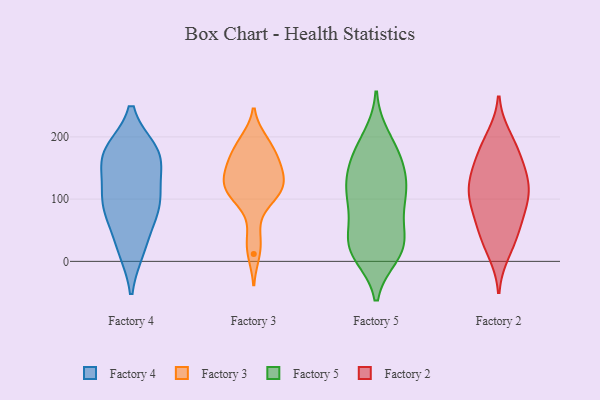
{"axis": {"x": "Operating Costs (USD K)", "y": "Value"}, "legend": ["Factory 2", "Factory 3", "Factory 4", "Factory 5"], "data": [{"x": "", "y": 94, "type": "Factory 4"}, {"x": "", "y": 173, "type": "Factory 4"}, {"x": "", "y": 113, "type": "Factory 4"}, {"x": "", "y": 21, "type": "Factory 4"}, {"x": "", "y": 176, "type": "Factory 4"}, {"x": "", "y": 166, "type": "Factory 4"}, {"x": "", "y": 75, "type": "Factory 4"}, {"x": "", "y": 173, "type": "Factory 4"}, {"x": "", "y": 90, "type": "Factory 4"}, {"x": "", "y": 95, "type": "Factory 4"}, {"x": "", "y": 23, "type": "Factory 4"}, {"x": "", "y": 162, "type": "Factory 4"}, {"x": "", "y": 120, "type": "Factory 3"}, {"x": "", "y": 118, "type": "Factory 3"}, {"x": "", "y": 134, "type": "Factory 3"}, {"x": "", "y": 40, "type": "Factory 3"}, {"x": "", "y": 125, "type": "Factory 3"}, {"x": "", "y": 173, "type": "Factory 3"}, {"x": "", "y": 100, "type": "Factory 3"}, {"x": "", "y": 12, "type": "Factory 3"}, {"x": "", "y": 193, "type": "Factory 3"}, {"x": "", "y": 160, "type": "Factory 3"}, {"x": "", "y": 159, "type": "Factory 3"}, {"x": "", "y": 121, "type": "Factory 3"}, {"x": "", "y": 195, "type": "Factory 3"}, {"x": "", "y": 96, "type": "Factory 3"}, {"x": "", "y": 154, "type": "Factory 3"}, {"x": "", "y": 110, "type": "Factory 5"}, {"x": "", "y": 122, "type": "Factory 5"}, {"x": "", "y": 83, "type": "Factory 5"}, {"x": "", "y": 45, "type": "Factory 5"}, {"x": "", "y": 124, "type": "Factory 5"}, {"x": "", "y": 22, "type": "Factory 5"}, {"x": "", "y": 95, "type": "Factory 5"}, {"x": "", "y": 184, "type": "Factory 5"}, {"x": "", "y": 18, "type": "Factory 5"}, {"x": "", "y": 154, "type": "Factory 5"}, {"x": "", "y": 11, "type": "Factory 5"}, {"x": "", "y": 92, "type": "Factory 5"}, {"x": "", "y": 162, "type": "Factory 5"}, {"x": "", "y": 130, "type": "Factory 5"}, {"x": "", "y": 19, "type": "Factory 5"}, {"x": "", "y": 32, "type": "Factory 5"}, {"x": "", "y": 170, "type": "Factory 5"}, {"x": "", "y": 26, "type": "Factory 5"}, {"x": "", "y": 199, "type": "Factory 5"}, {"x": "", "y": 60, "type": "Factory 2"}, {"x": "", "y": 130, "type": "Factory 2"}, {"x": "", "y": 137, "type": "Factory 2"}, {"x": "", "y": 16, "type": "Factory 2"}, {"x": "", "y": 130, "type": "Factory 2"}, {"x": "", "y": 73, "type": "Factory 2"}, {"x": "", "y": 114, "type": "Factory 2"}, {"x": "", "y": 167, "type": "Factory 2"}, {"x": "", "y": 198, "type": "Factory 2"}, {"x": "", "y": 47, "type": "Factory 2"}, {"x": "", "y": 106, "type": "Factory 2"}, {"x": "", "y": 168, "type": "Factory 2"}, {"x": "", "y": 96, "type": "Factory 2"}, {"x": "", "y": 31, "type": "Factory 2"}, {"x": "", "y": 99, "type": "Factory 2"}, {"x": "", "y": 187, "type": "Factory 2"}]}